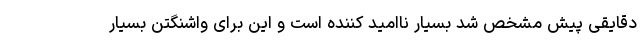
دقایقی پیش مشخص شد بسیار ناامید کننده است و این برای واشنگتن بسیار